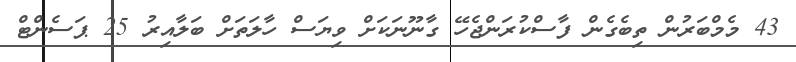
43 މެމްބަރުން ތިބެގެން ފާސްކުރަންޖެހޭ ގާނޫނަކަށް ވިޔަސް ހާލަތަށް ބަލާއިރު 25 ޕަސެންޓް